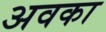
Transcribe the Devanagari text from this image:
अवका